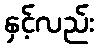
နှင့်လည်း